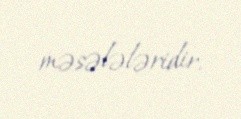
məsələləridir.